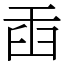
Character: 臿